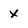
Character: X